Lunatic asylums Bombay report 1878-1890 - 1878-1890
Year: 1878
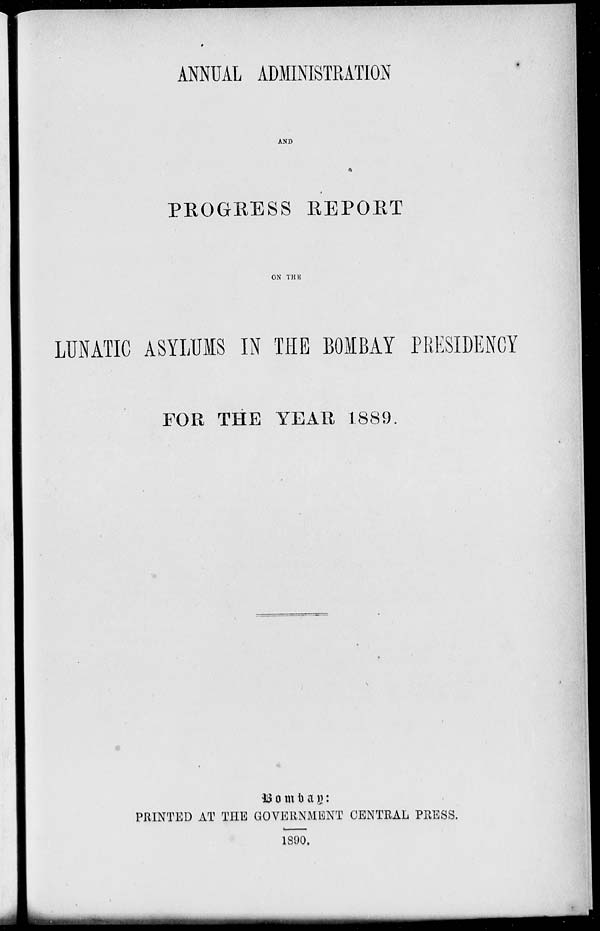
ANNUAL ADMINISTRATION
AND
PROGRESS REPORT
ON THE
LUNATIC ASYLUMS IN THE BOMBAY PRESIDENCY
FOR THE YEAR 1889.
Bombay:
PRINTED AT THE GOVERNMENT CENTRAL PRESS.
1890.